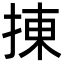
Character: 㨂